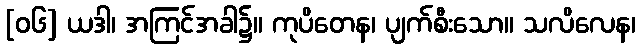
[၀၆] ယဒါ၊ အကြင်အခါ၌။ ကုပိတေန၊ ပျက်စီးသော။ သလိလေန၊